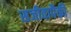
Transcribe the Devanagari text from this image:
सजीवापैकी